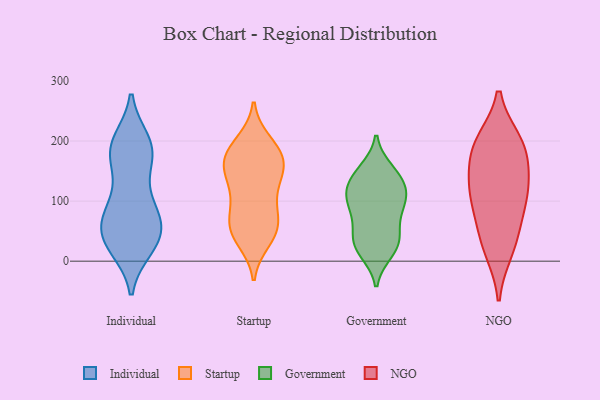
{"axis": {"x": "Shipments", "y": "Value"}, "legend": ["Government", "Individual", "NGO", "Startup"], "data": [{"x": "", "y": 32, "type": "Individual"}, {"x": "", "y": 87, "type": "Individual"}, {"x": "", "y": 33, "type": "Individual"}, {"x": "", "y": 199, "type": "Individual"}, {"x": "", "y": 52, "type": "Individual"}, {"x": "", "y": 178, "type": "Individual"}, {"x": "", "y": 155, "type": "Individual"}, {"x": "", "y": 23, "type": "Individual"}, {"x": "", "y": 45, "type": "Individual"}, {"x": "", "y": 197, "type": "Individual"}, {"x": "", "y": 79, "type": "Individual"}, {"x": "", "y": 85, "type": "Individual"}, {"x": "", "y": 68, "type": "Individual"}, {"x": "", "y": 24, "type": "Individual"}, {"x": "", "y": 191, "type": "Individual"}, {"x": "", "y": 51, "type": "Individual"}, {"x": "", "y": 188, "type": "Individual"}, {"x": "", "y": 174, "type": "Individual"}, {"x": "", "y": 109, "type": "Individual"}, {"x": "", "y": 195, "type": "Startup"}, {"x": "", "y": 53, "type": "Startup"}, {"x": "", "y": 160, "type": "Startup"}, {"x": "", "y": 163, "type": "Startup"}, {"x": "", "y": 93, "type": "Startup"}, {"x": "", "y": 184, "type": "Startup"}, {"x": "", "y": 69, "type": "Startup"}, {"x": "", "y": 199, "type": "Startup"}, {"x": "", "y": 111, "type": "Startup"}, {"x": "", "y": 161, "type": "Startup"}, {"x": "", "y": 46, "type": "Startup"}, {"x": "", "y": 140, "type": "Startup"}, {"x": "", "y": 120, "type": "Startup"}, {"x": "", "y": 41, "type": "Startup"}, {"x": "", "y": 60, "type": "Startup"}, {"x": "", "y": 75, "type": "Startup"}, {"x": "", "y": 176, "type": "Startup"}, {"x": "", "y": 141, "type": "Startup"}, {"x": "", "y": 34, "type": "Startup"}, {"x": "", "y": 167, "type": "Startup"}, {"x": "", "y": 90, "type": "Government"}, {"x": "", "y": 141, "type": "Government"}, {"x": "", "y": 68, "type": "Government"}, {"x": "", "y": 35, "type": "Government"}, {"x": "", "y": 116, "type": "Government"}, {"x": "", "y": 151, "type": "Government"}, {"x": "", "y": 125, "type": "Government"}, {"x": "", "y": 111, "type": "Government"}, {"x": "", "y": 95, "type": "Government"}, {"x": "", "y": 97, "type": "Government"}, {"x": "", "y": 16, "type": "Government"}, {"x": "", "y": 144, "type": "Government"}, {"x": "", "y": 30, "type": "Government"}, {"x": "", "y": 42, "type": "Government"}, {"x": "", "y": 22, "type": "Government"}, {"x": "", "y": 190, "type": "NGO"}, {"x": "", "y": 107, "type": "NGO"}, {"x": "", "y": 106, "type": "NGO"}, {"x": "", "y": 170, "type": "NGO"}, {"x": "", "y": 118, "type": "NGO"}, {"x": "", "y": 197, "type": "NGO"}, {"x": "", "y": 136, "type": "NGO"}, {"x": "", "y": 32, "type": "NGO"}, {"x": "", "y": 198, "type": "NGO"}, {"x": "", "y": 62, "type": "NGO"}, {"x": "", "y": 19, "type": "NGO"}]}